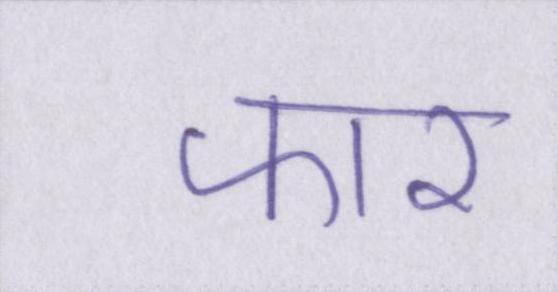
फार